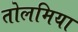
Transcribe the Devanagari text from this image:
तोलमिया